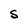
Character: S